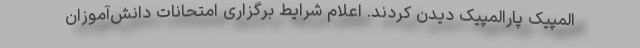
المپیک پارالمپیک دیدن کردند. اعلام شرایط برگزاری امتحانات دانش‌آموزان